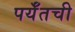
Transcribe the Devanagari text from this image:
पर्यँतची